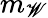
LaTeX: m_{\mathscr{W}}